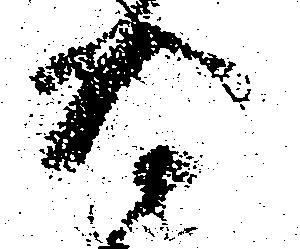
将